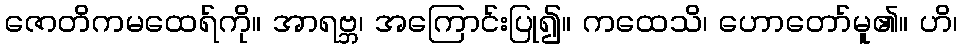
ဇောတိကမထေရ်ကို။ အာရဗ္ဘ၊ အကြောင်းပြု၍။ ကထေသိ၊ ဟောတော်မူ၏။ ဟိ၊